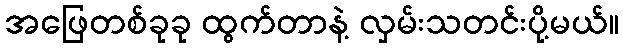
အဖြေတစ်ခုခု ထွက်တာနဲ့ လှမ်းသတင်းပို့မယ်။